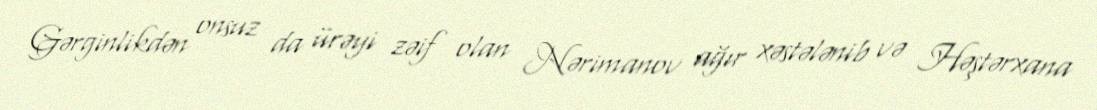
Gərginlikdən onsuz da ürəyi zəif olan Nərimanov ağır xəstələnib və Həştərxana